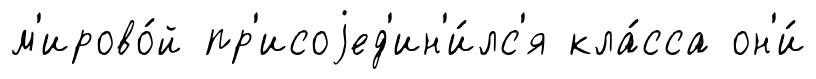
м'ирово́й пр'исоjед'ин'и́лс'я кла́сса он'и́